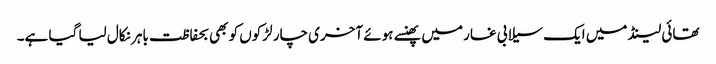
تھائی لینڈ میں ایک سیلابی غار میں پھنسے ہوئے آخری چار لڑکوں کو بھی بحفاظت باہر نکال لیا گیا ہے۔